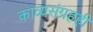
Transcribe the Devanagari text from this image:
काव्यसंग्रहही